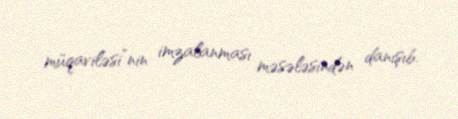
müqaviləsi”nin imzalanması məsələsindən danışıb.